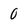
Character: 0